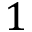
1